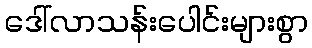
ဒေါ်လာသန်းပေါင်းများစွာ